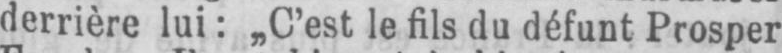
derrière lui: „C’est le fils du défunt Prosper